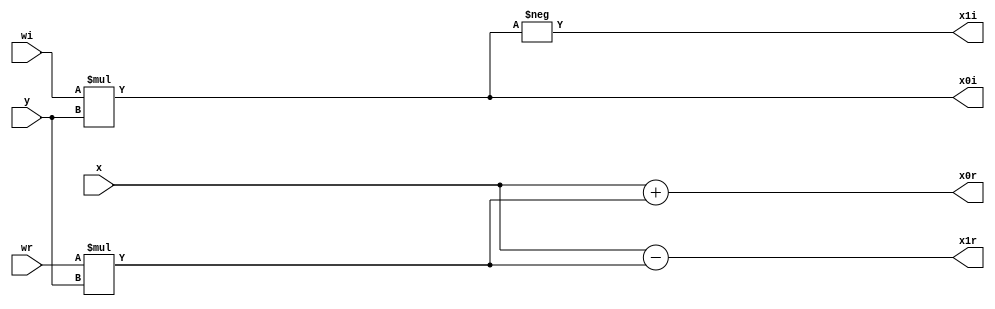
`timescale 1ns / 1ps
//////////////////////////////////////////////////////////////////////////////////
// Company: 
// Engineer: 
// 
// Design Name: 
// Module Name: bfly2_4
// Project Name: 
// Target Devices: 
// Tool Versions: 
// Description: 
// 
// Dependencies: 
// 
// Revision:
// Revision 0.01 - File Created
// Additional Comments:
// 
//////////////////////////////////////////////////////////////////////////////////


module bfly2_4( x,y,wr,wi,x0r,x0i,x1r,x1i ); // W08 & W28

    input signed [8:0]x,y;
    input signed [8:0]wr,wi;
    output[8:0]  x0r,x0i,x1r,x1i;
    wire [17:0] p1,p2;
    assign p1 = wr*y;
    assign p2 = wi*y;
    assign x0r = x + p1[8:0];
    assign x0i = p2[8:0];
    assign x1r = x - p1[8:0];
    assign x1i = -p2[8:0];

endmodule